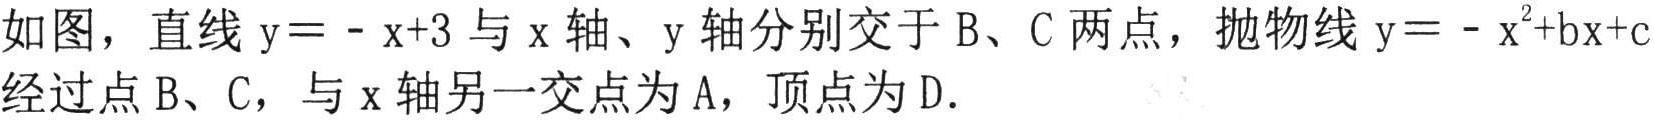
如图，直线\(y = -x + 3\)与\(x\)轴、\(y\)轴分别交于\(B\)、\(C\)两点，抛物线\(y=-x^{2}+bx + c\)经过点\(B\)、\(C\)，与\(x\)轴另一交点为\(A\)，顶点为\(D\).